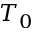
T _ { 0 }